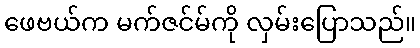
ဖေဗယ်က မက်ဇင်မ်ကို လှမ်းပြောသည်။